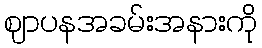
ဈာပနအခမ်းအနားကို